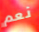
نعم